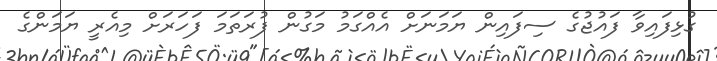
ގުޅިފައިވާ ފައުޖުގެ ސިފައިން ޔަމަނަށް އެއްގަމު މަގުން ފުރަތަމަ ފަހަރަށް މިއެރީ ޔަމަންގެ